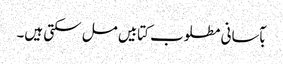
بآسانی مطلوب کتابیں مل سکتی ہیں۔